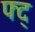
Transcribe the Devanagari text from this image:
फ्द्